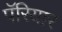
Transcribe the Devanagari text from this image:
पॅरियार